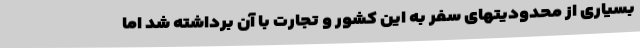
بسیاری از محدودیتهای سفر به این کشور و تجارت با آن برداشته شد اما